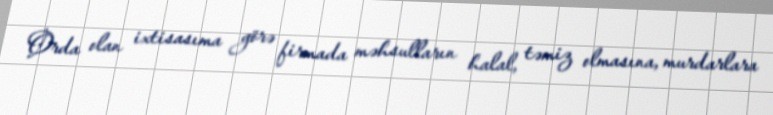
Orda olan ixtisasıma görə firmada məhsulların halal, təmiz olmasına, murdarlara